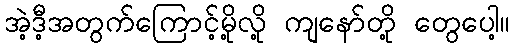
အဲ့ဒီ့အတွက်ကြောင့်မို့လို့ ကျနော်တို့ တွေပေါ့။